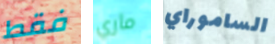
فقط ماري الساموراي